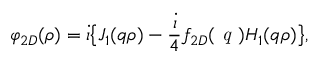
\varphi _ { 2 D } ( \rho ) = \dot { \iota } \bigl \{ J _ { 1 } ( q \rho ) - \frac { \dot { \iota } } { 4 } f _ { 2 D } ( \textit { q } ) H _ { 1 } ( q \rho ) \bigl \} ,